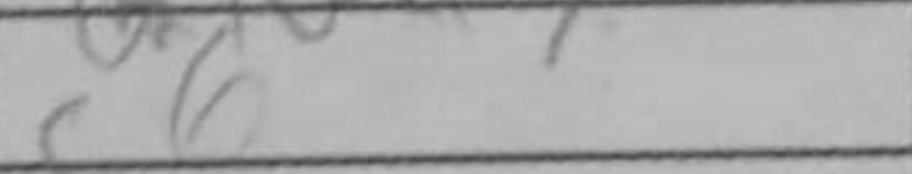
Transcription: c6